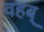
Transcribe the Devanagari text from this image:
वहब्